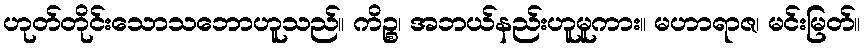
ဟုတ်တိုင်းသောသဘောဟူသည်။ ကိဉ္စ၊ အဘယ်နည်းဟူမူကား။ မဟာရာဇ၊ မင်းမြတ်။